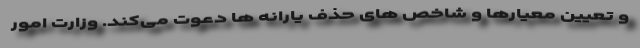
و تعیین معیارها و شاخص های حذف یارانه ها دعوت می‌کند. وزارت امور